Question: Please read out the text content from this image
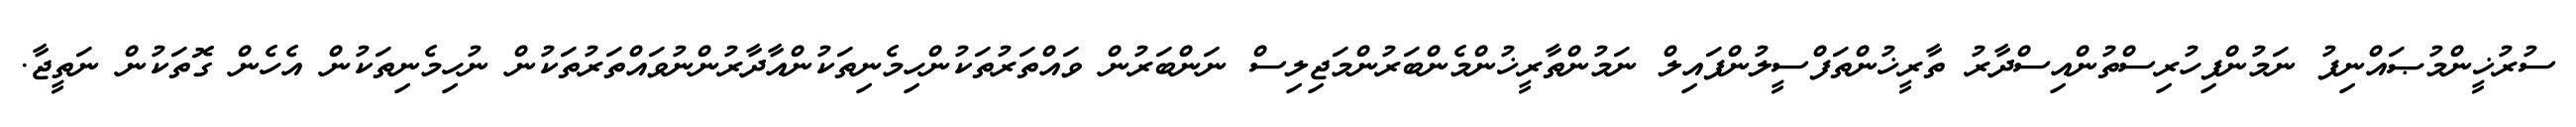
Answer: ސުރުޚީންމުޞައްނިފު ނަމުންފިހުރިސްތުންއިސްދާރު ތާރީޚުންތަފްސީލުންފައިލް ނަމުންތާރީޚުންމެންބަރުންމަޖިލިސް ނަންބަރުން ވައްތަރުތަކުންހިމެނިތަކުންއާދާރުންނުވައްތަރުތަކުން ނުހިމެނިތަކުން އެހެން ގޮތަކުން ނަތީޖާ.